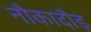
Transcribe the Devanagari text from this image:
नौकादौड़